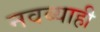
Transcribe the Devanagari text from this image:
नवब्याही